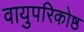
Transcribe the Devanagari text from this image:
वायुपरिकोष्ठ